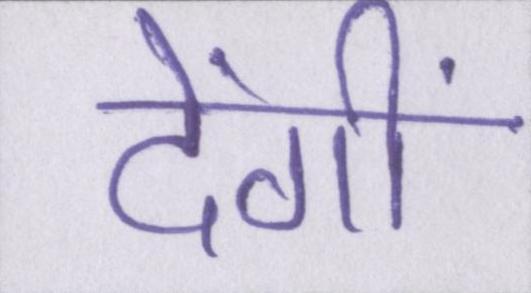
देंगीं